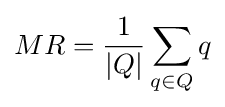
MR={\frac {1}{|Q|}}\sum _{q\in Q}{q}